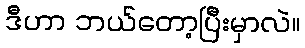
ဒီဟာ ဘယ်တော့ပြီးမှာလဲ။